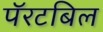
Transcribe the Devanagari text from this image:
पॅरटबिल